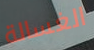
الغسالة